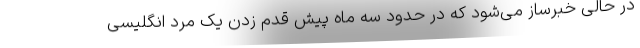
در حالی خبرساز می‌شود که در حدود سه ماه پیش قدم زدن یک مرد انگلیسی